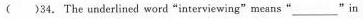
( ) 34. The underlined word "interviewing" means "_ " in